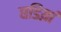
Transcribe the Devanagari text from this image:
घडिय़ां